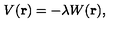
V ( { \bf r } ) = - \lambda W ( { \bf r } ) ,